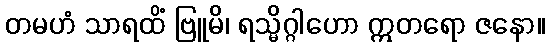
တမဟံ သာရထိံ ဗြူမိ၊ ရသ္မိဂ္ဂါဟော ဣတရော ဇနော။